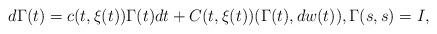
LaTeX: \begin{align*}d\Gamma(t)= c(t,\xi(t))\Gamma(t)dt+ C(t,\xi(t))(\Gamma(t), dw(t)) ,\Gamma(s,s)=I,\end{align*}